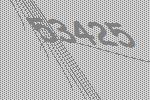
53425